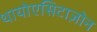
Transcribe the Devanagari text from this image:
थायोएसिटाज़ोन